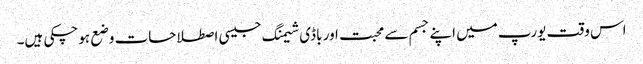
اس وقت یورپ میں اپنے جسم سے محبت اور باڈی شیمنگ جیسی اصطلاحات وضع ہوچکی ہیں۔